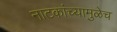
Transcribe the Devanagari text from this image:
नाटकांच्यामुळेच